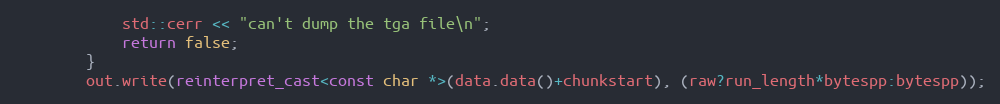
Language: C++
            std::cerr << "can't dump the tga file\n";
            return false;
        }
        out.write(reinterpret_cast<const char *>(data.data()+chunkstart), (raw?run_length*bytespp:bytespp));